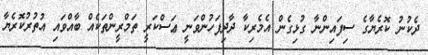
ދެކުނު ކޮރެޔާގެ ސިފައިންނާ ގުޅިގެން އެމެރިކާ ދާދިފަހުންވަނީ ޢަސްކަރީ ތަމްރީންތަކެއް ބާއްވައި އުތުރުކޮރެޔާ